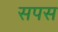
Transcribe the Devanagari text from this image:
सपस